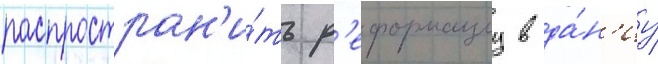
распростран'и́ть р'еформациу в да́н'иу